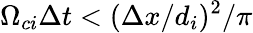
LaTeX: \Omega_{ci}\Delta t<(\Delta x/d_{i})^{2}/\pi